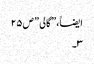
ایضاََ،” گالی ” ص۲۵
۳۔